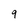
Character: 9